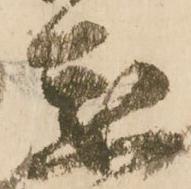
懇